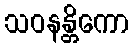
သဝနန္တိကော